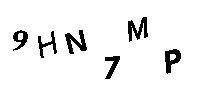
9HN7MP